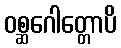
ဝစ္ဆဂေါတ္တောပိ